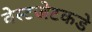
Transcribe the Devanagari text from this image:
वेस्टजेटकडे